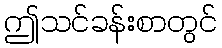
ဤသင်ခန်းစာတွင်